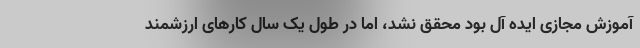
آموزش مجازی ایده آل بود محقق نشد، اما در طول یک سال کارهای ارزشمند